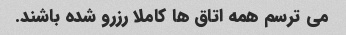
می ترسم همه اتاق ها کاملا رزرو شده باشند.